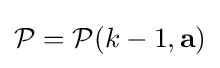
{\mathcal {P}}={\mathcal {P}}(k-1,\mathbf {a} )